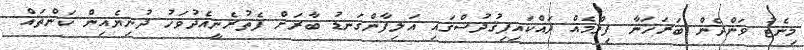
މިނެޓު ވަންދެން ބަރަހަނާ ފިލްމެއް ދައްކައިފިޤުދުސްގައި އަލިފާންގަނޑު ބާރަށް ފެތުރެނީއެދުވަހު ދުނިޔެއިން ކަންތައް